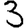
Digit: 3